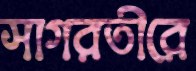
সাগরতীরে